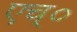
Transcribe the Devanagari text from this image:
एच्‌०